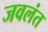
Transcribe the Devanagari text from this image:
जवलंत